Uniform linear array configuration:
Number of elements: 12
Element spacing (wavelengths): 0.75
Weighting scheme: hann
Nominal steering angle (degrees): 30
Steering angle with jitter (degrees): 28.58
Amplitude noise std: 0.05
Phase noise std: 0.05

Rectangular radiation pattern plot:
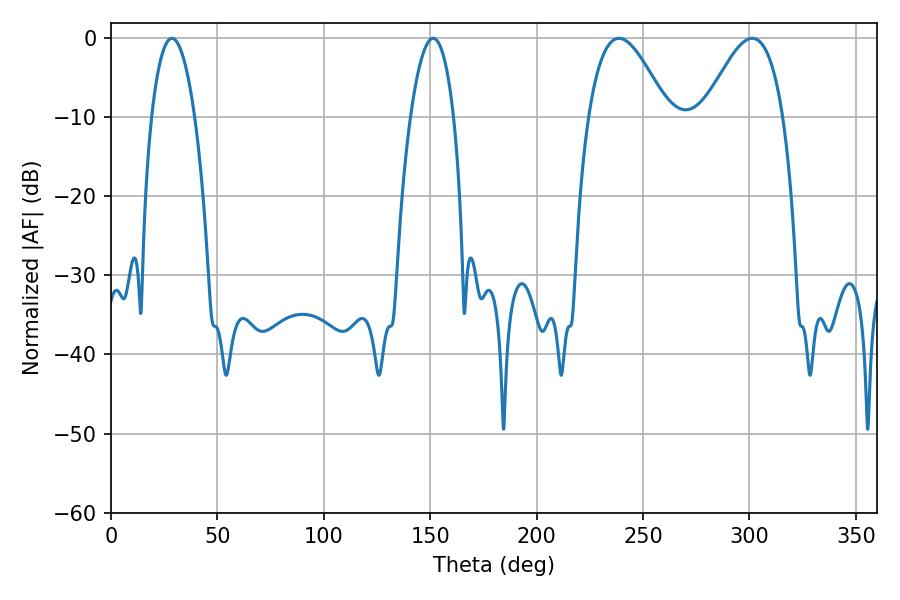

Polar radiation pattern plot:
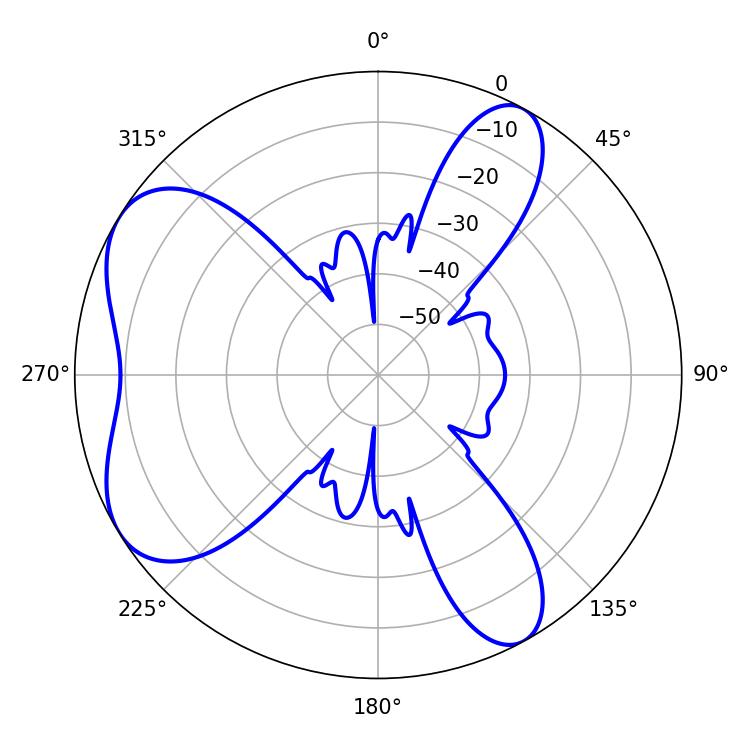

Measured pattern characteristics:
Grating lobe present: TRUE
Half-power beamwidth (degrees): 11.16
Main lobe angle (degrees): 28.62